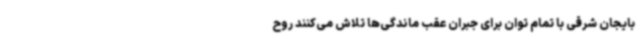
بایجان شرقی با تمام توان برای جبران عقب ماندگی‌ها تلاش می‌کنند روح